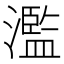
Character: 濫